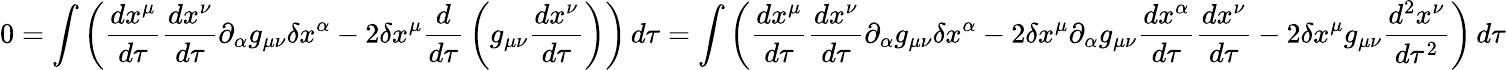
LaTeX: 0=\int\left({\frac{dx^{\mu}}{d\tau}}{\frac{dx^{\nu}}{d\tau}}\partial_{\alpha}g_{\mu\nu}\delta x^{\alpha}-2\delta x^{\mu}{\frac{d}{d\tau}}\left(g_{\mu\nu}{\frac{dx^{\nu}}{d\tau}}\right)\right)\, d\tau=\int\left({\frac{dx^{\mu}}{d\tau}}{\frac{dx^{\nu}}{d\tau}}\partial_{\alpha}g_{\mu\nu}\delta x^{\alpha}-2\delta x^{\mu}\partial_{\alpha}g_{\mu\nu}{\frac{dx^{\alpha}}{d\tau}}{\frac{dx^{\nu}}{d\tau}}-2\delta x^{\mu}g_{\mu\nu}{\frac{d^{2}x^{\nu}}{d\tau^{2}}}\right)\, d\tau